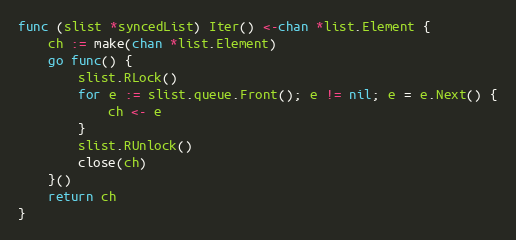
Language: Go
func (slist *syncedList) Iter() <-chan *list.Element {
	ch := make(chan *list.Element)
	go func() {
		slist.RLock()
		for e := slist.queue.Front(); e != nil; e = e.Next() {
			ch <- e
		}
		slist.RUnlock()
		close(ch)
	}()
	return ch
}